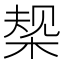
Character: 椝